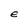
Character: e